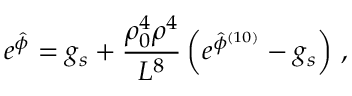
e ^ { \hat { \phi } } = g _ { s } + { \frac { \rho _ { 0 } ^ { 4 } \rho ^ { 4 } } { L ^ { 8 } } } \left( e ^ { \hat { \phi } ^ { ( 1 0 ) } } - g _ { s } \right) \, ,